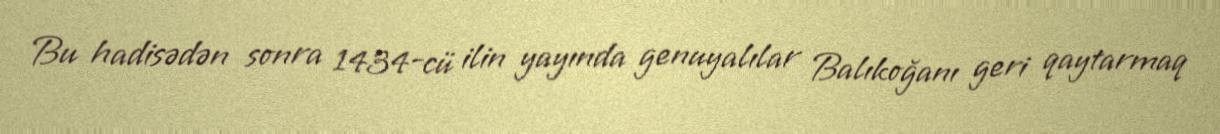
Bu hadisədən sonra 1434-cü ilin yayında genuyalılar Balıkoğanı geri qaytarmaq